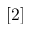
[ 2 ]